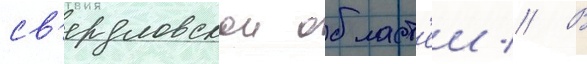
св'ердловскои област'еи // В